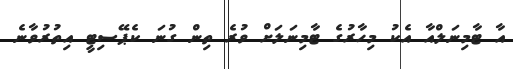
އާ ޓާމިނަލްއާ އެކު މިހާރުގެ ޓާމިނަލަށް ވުރެ ތިން ގުނަ ކެޕޭސިޓީ އިތުރުވާނެ